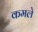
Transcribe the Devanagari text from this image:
कमले